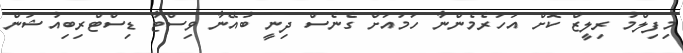
މިފިލްމު ރިލީޒް ކޮށް އަހަރެމެންނާ ހަމައަށް ގެނެސް ދިނީ ބުއޭނާ ވިސްޓާ ޑިސްޓްރިބިއުޝަން